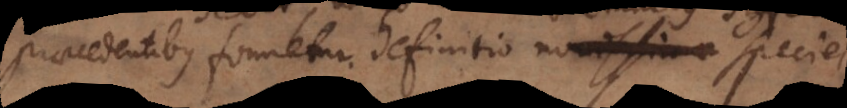
praecedentibus formetur definitio specie